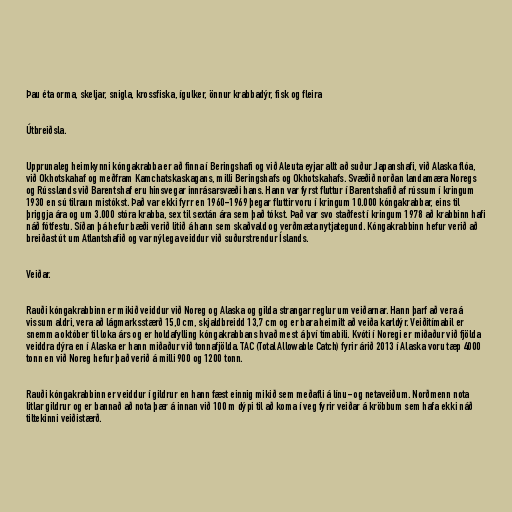
Þau éta orma, skeljar, snigla, krossfiska, ígulker, önnur krabbadýr, fisk og fleira

Útbreiðsla.

Upprunaleg heimkynni kóngakrabba er að finna í Beringshafi og við Aleuta eyjar allt að suður Japanshafi, við Alaska flóa,
við Okhotskahaf og meðfram Kamchatskaskagans, milli Beringshafs og Okhotskahafs. Svæðið norðan landamæra Noregs
og Rússlands við Barentshaf eru hinsvegar innrásarsvæði hans. Hann var fyrst fluttur í Barentshafið af rússum í kringum
1930 en sú tilraun mistókst. Það var ekki fyrr en 1960-1969 þegar fluttir voru í kringum 10.000 kóngakrabbar, eins til
þriggja ára og um 3.000 stóra krabba, sex til sextán ára sem það tókst. Það var svo staðfest í kringum 1978 að krabbinn hafi
náð fótfestu. Síðan þá hefur bæði verið litið á hann sem skaðvald og verðmæta nytjategund. Kóngakrabbinn hefur verið að
breiðast út um Atlantshafið og var nýlega veiddur við suðurstrendur Íslands.

Veiðar.

Rauði kóngakrabbinn er mikið veiddur við Noreg og Alaska og gilda strangar reglur um veiðarnar. Hann þarf að vera á
vissum aldri, vera að lágmarksstærð 15,0 cm, skjaldbreidd 13,7 cm og er bara heimilt að veiða karldýr. Veiðitímabil er
snemma október til loka árs og er holdafylling kóngakrabbans hvað mest á því tímabili. Kvóti í Noregi er miðaður við fjölda
veiddra dýra en í Alaska er hann miðaður við tonnafjölda. TAC (Total Allowable Catch) fyrir árið 2013 í Alaska voru tæp 4000
tonn en við Noreg hefur það verið á milli 900 og 1200 tonn.

Rauði kóngakrabbinn er veiddur í gildrur en hann fæst einnig mikið sem meðafli á línu- og netaveiðum. Norðmenn nota
litlar gildrur og er bannað að nota þær á innan við 100 m dýpi til að koma í veg fyrir veiðar á kröbbum sem hafa ekki náð
tiltekinni veiðistærð.